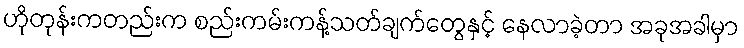
ဟိုတုန်းကတည်းက စည်းကမ်းကန့်သတ်ချက်တွေနှင့် နေလာခဲ့တာ အခုအခါမှာ